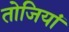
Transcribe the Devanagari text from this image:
तोजियां